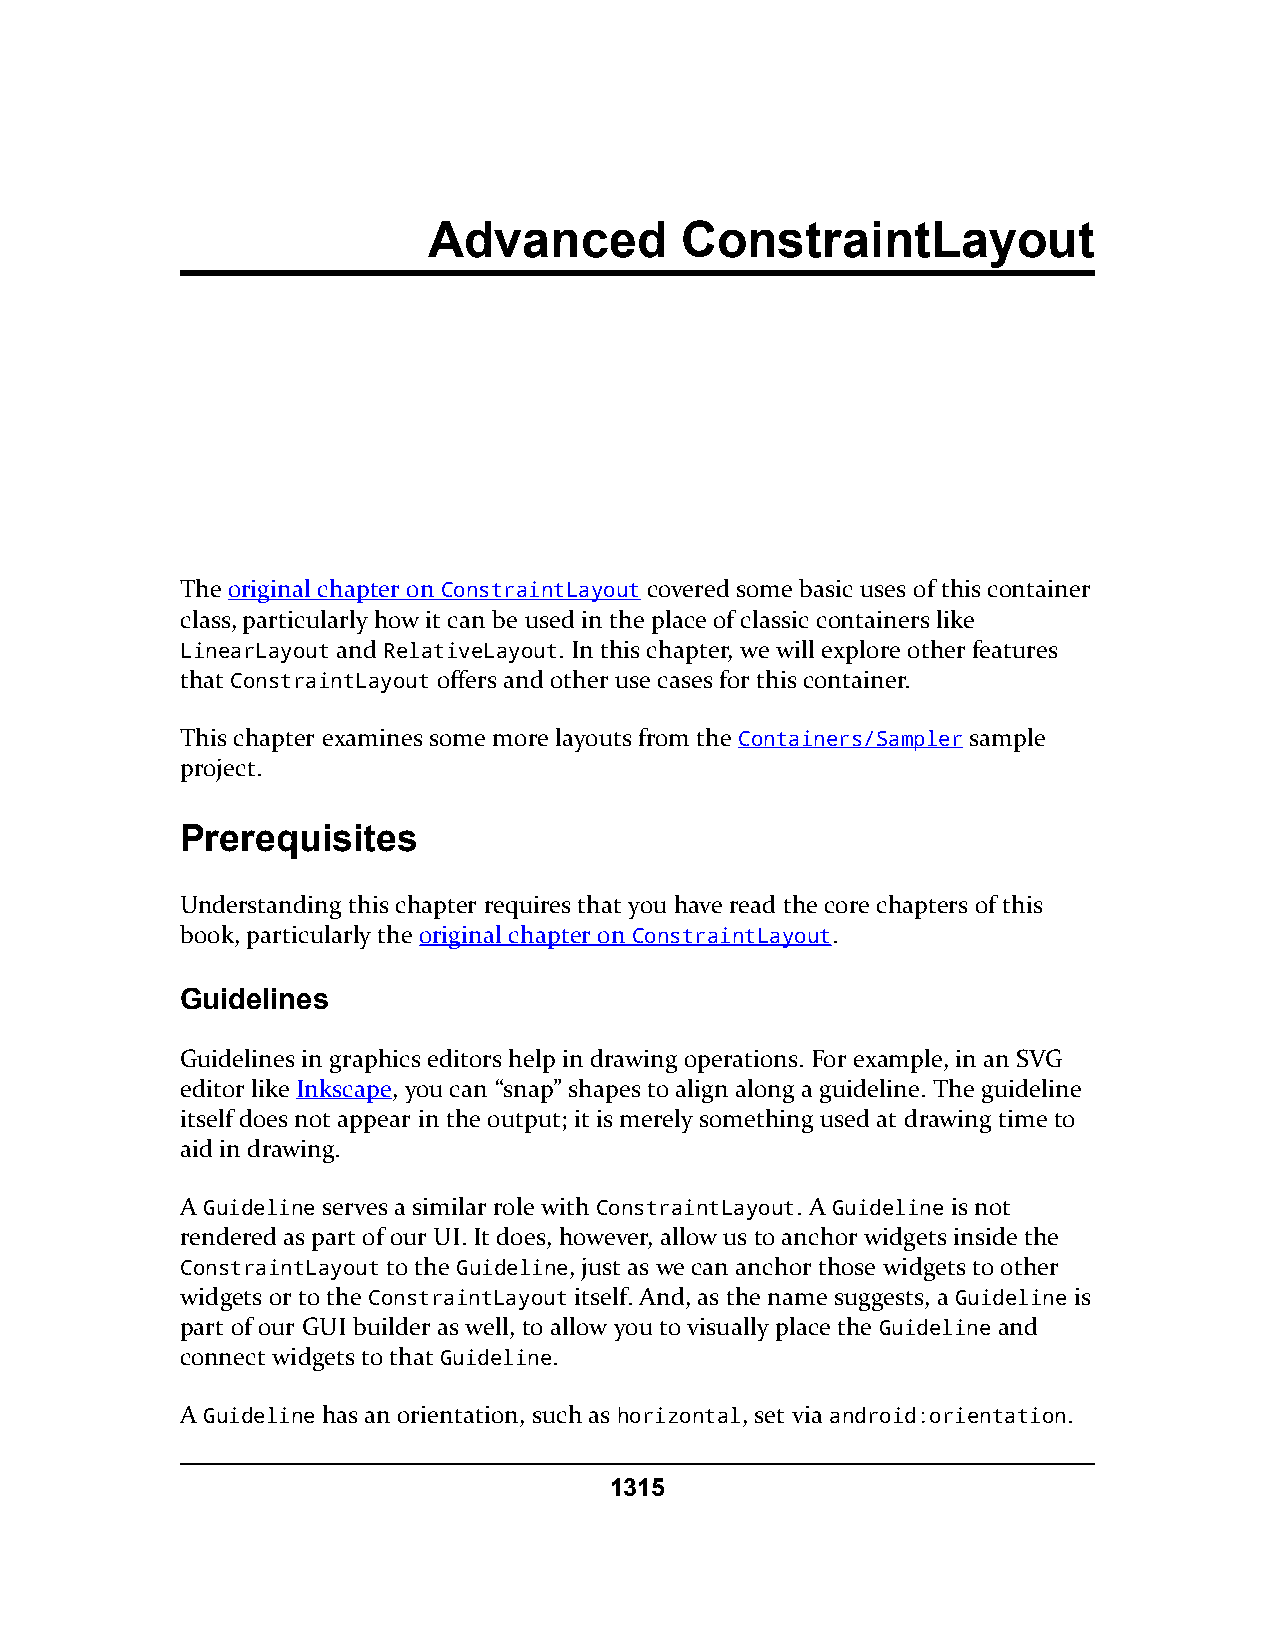
Advanced         ConstraintLayout
 The original chapter on ConstraintLayout covered some basic uses of this container
 class, particularly how it can be used in the place of classic containers like
 LinearLayout and RelativeLayout. In this chapter, we will explore other features
 that ConstraintLayout offers and other use cases for this container.
 This chapter examines some more layouts from the Containers/Sampler sample
 project.
 Prerequisites
 Understanding this chapter requires that you have read the core chapters of this
 book, particularly the original chapter on ConstraintLayout.
 Guidelines
 Guidelines in graphics editors help in drawing operations. For example, in an SVG
 editor like Inkscape, you can “snap” shapes to align along a guideline. The guideline
 itself does not appear in the output; it is merely something used at drawing time to
 aid in drawing.
 A Guideline serves a similar role with ConstraintLayout. A Guideline is not
 rendered as part of our UI. It does, however, allow us to anchor widgets inside the
 ConstraintLayout to the Guideline, just as we can anchor those widgets to other
 widgets or to the ConstraintLayout itself. And, as the name suggests, a Guideline is
 part of our GUI builder as well, to allow you to visually place the Guideline and
 connect widgets to that Guideline.
 A Guideline has an orientation, such as horizontal, set via android:orientation.
 1315